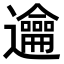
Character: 𨙄